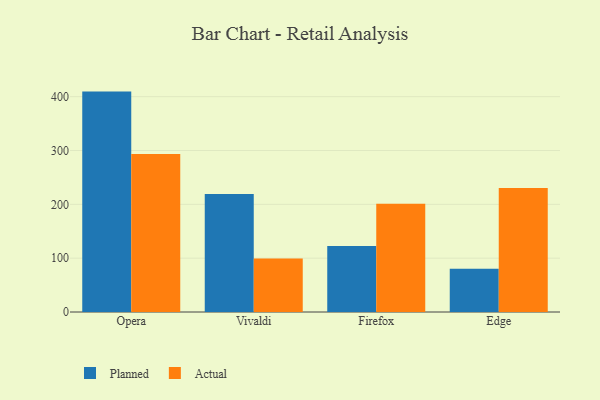
{"axis": {"x": "Browser", "y": "Headcount"}, "legend": ["Actual", "Planned"], "data": [{"x": "Opera", "y": 409.4, "type": "Planned"}, {"x": "Opera", "y": 293.7, "type": "Actual"}, {"x": "Vivaldi", "y": 219.1, "type": "Planned"}, {"x": "Vivaldi", "y": 99.4, "type": "Actual"}, {"x": "Firefox", "y": 122.6, "type": "Planned"}, {"x": "Firefox", "y": 201.3, "type": "Actual"}, {"x": "Edge", "y": 80.3, "type": "Planned"}, {"x": "Edge", "y": 230.3, "type": "Actual"}]}